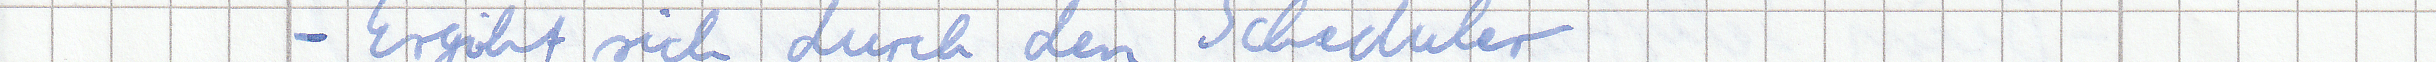
- Ergibt sich durch den Scheduler